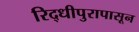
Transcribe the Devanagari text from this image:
रिद्धीपुरापासून